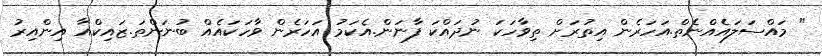
" މައްސަލައެއްނެތް.އަހަރެން އިތުރަށް ތިވާހަކަ ނުދައްކަ ފާނަން.އެކަމު އަހަރެން ވާހަކައެއް ބުނަންތަ.ޒައިކްއާ އިންއިރު